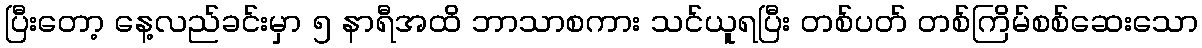
ပြီးတော့ နေ့လည်ခင်းမှာ ၅ နာရီအထိ ဘာသာစကား သင်ယူရပြီး တစ်ပတ် တစ်ကြိမ်စစ်ဆေးသော